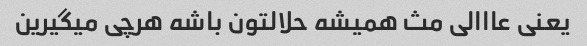
یعنی عااالی مث همیشه حلالتون باشه هرچی میگیرین